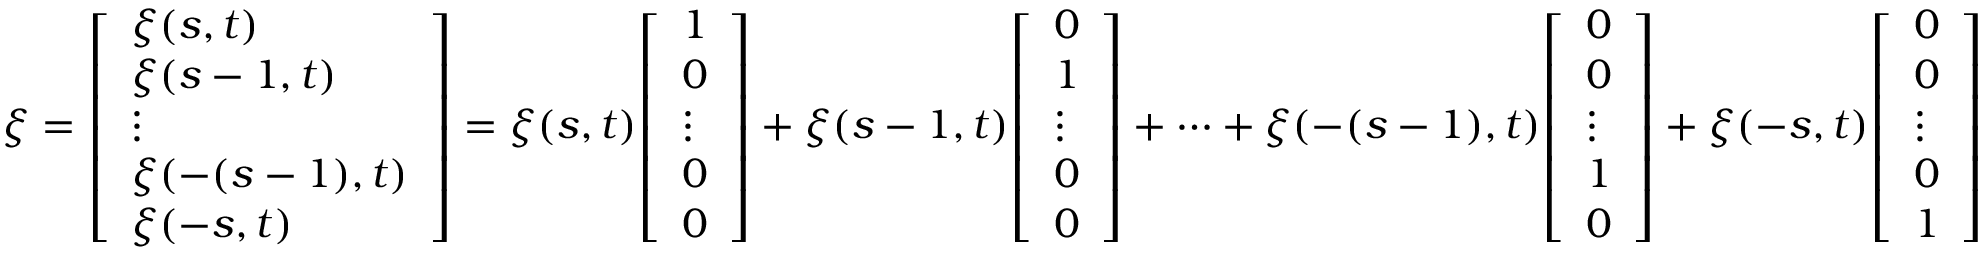
\xi = { \left[ \begin{array} { l } { \xi ( s , t ) } \\ { \xi ( s - 1 , t ) } \\ { \vdots } \\ { \xi ( - ( s - 1 ) , t ) } \\ { \xi ( - s , t ) } \end{array} \right] } = \xi ( s , t ) { \left[ \begin{array} { l } { 1 } \\ { 0 } \\ { \vdots } \\ { 0 } \\ { 0 } \end{array} \right] } + \xi ( s - 1 , t ) { \left[ \begin{array} { l } { 0 } \\ { 1 } \\ { \vdots } \\ { 0 } \\ { 0 } \end{array} \right] } + \cdots + \xi ( - ( s - 1 ) , t ) { \left[ \begin{array} { l } { 0 } \\ { 0 } \\ { \vdots } \\ { 1 } \\ { 0 } \end{array} \right] } + \xi ( - s , t ) { \left[ \begin{array} { l } { 0 } \\ { 0 } \\ { \vdots } \\ { 0 } \\ { 1 } \end{array} \right] }